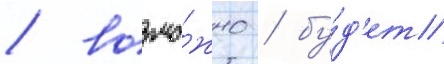
/ возмо́жно / бу́д'ет